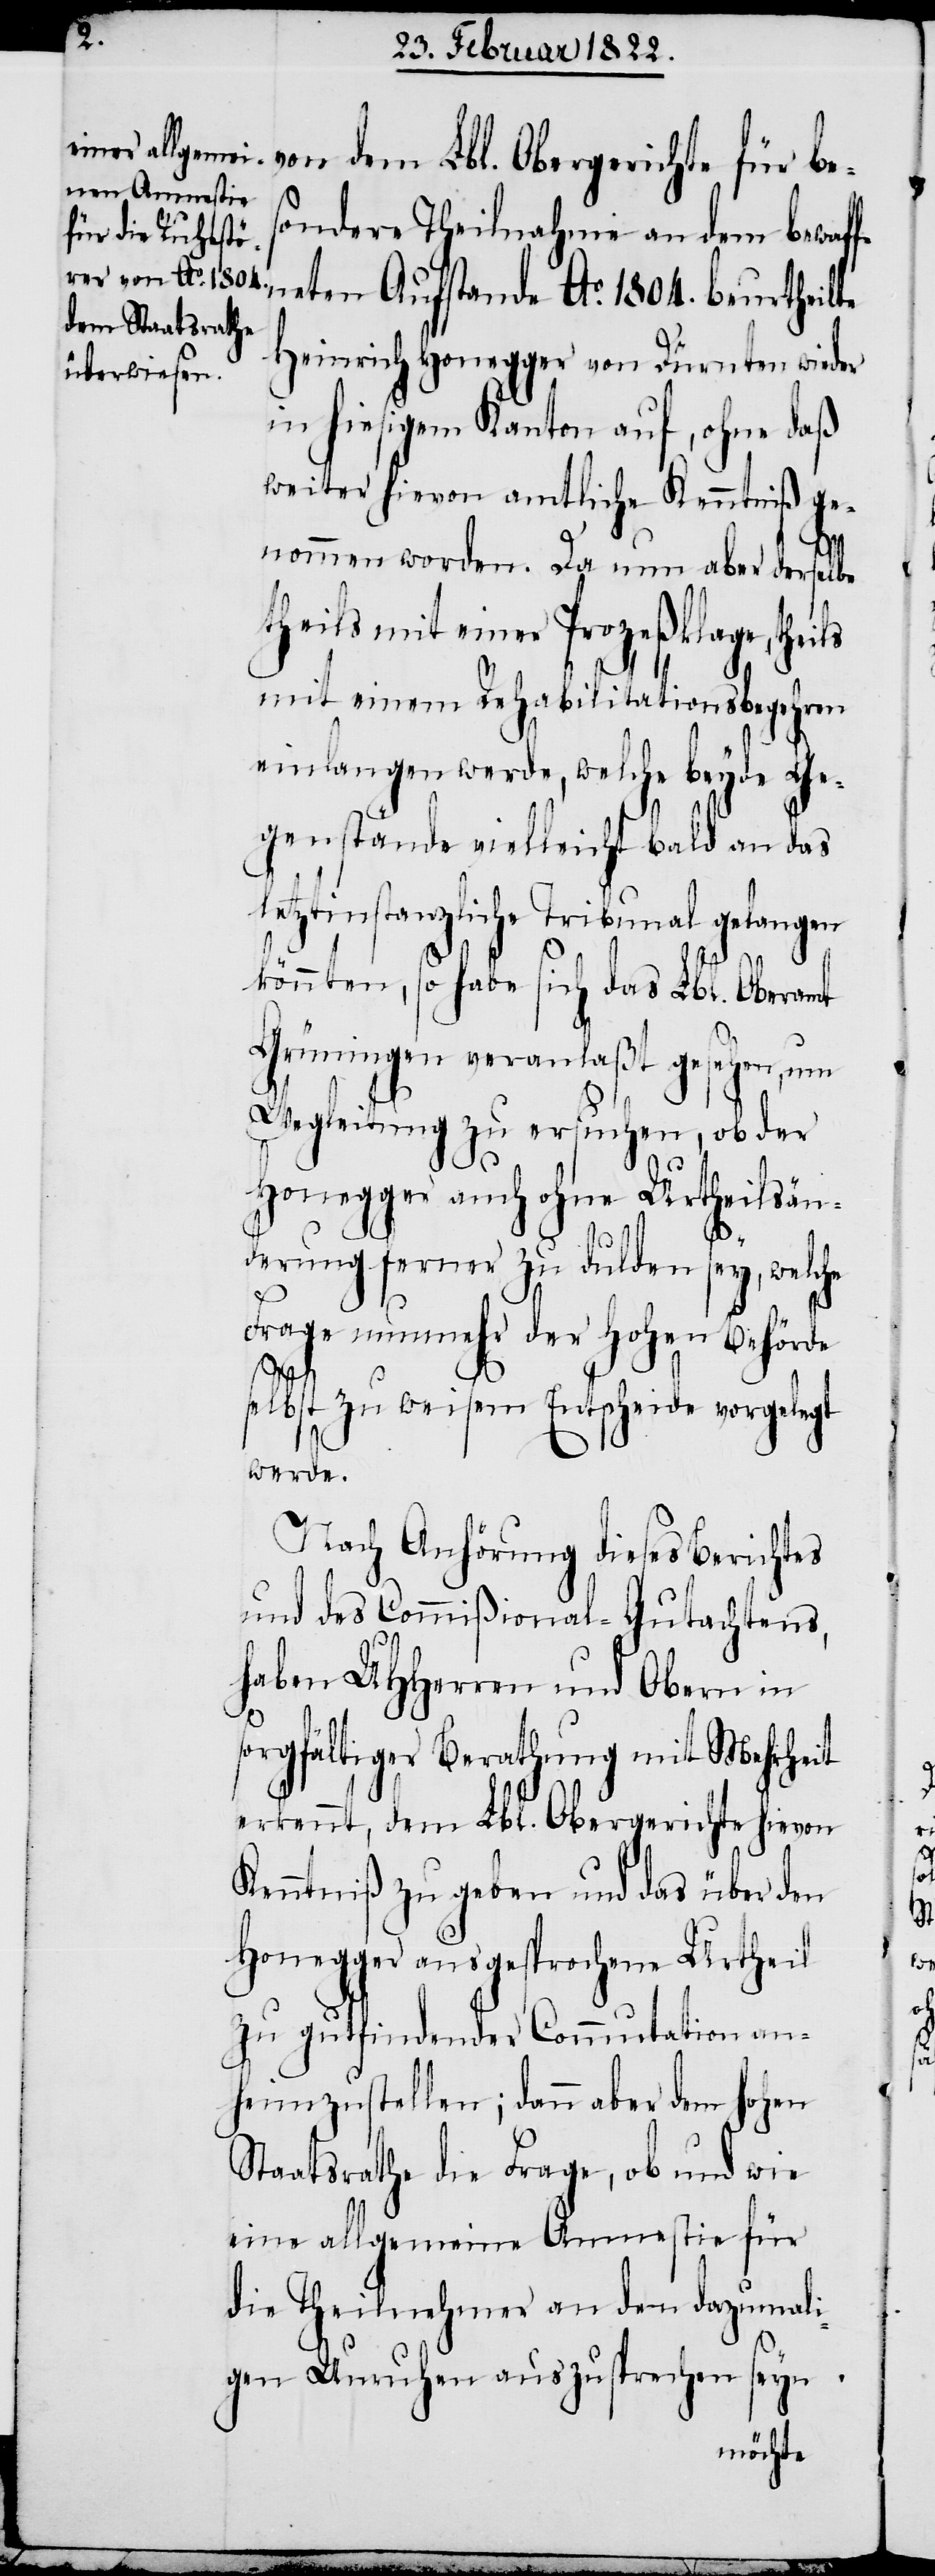
von dem Lbl. Obergerichte für be¬
sondere Theilnahme an dem bewaff¬
Heinrich Honegger von Dürnten wieder
in hiesigen Kanton auf, ohne daß
weiter hievon amtliche Kenntniß ge¬
1804.
nommen worden. Da nun aber derselbe
theils mit einer Prozeßklage, theils
mit einem Rehabilitationsbegehren
einlangen werde, welche beyde Ge¬
genstände vielleicht bald an das
letztinstanzliche Tribunal gelangen
könnten, so habe sich das Lbl. Oberamt
Grüningen veranlaßt gesehen, um
Wegleitung zu ersuchen, ob der
Honegger auch ohne Urtheilsän¬
derung ferner zu dulden sey, welche
Frage nunmehr der hohen Behörde
selbst zu weisem Entscheide vorgelegt
werde.
Nach Anhörung dieses Berichtes
und des Commißional-Gutachtens,
haben UHHerren und Obern in
sorgfältiger Berathung mit Mehrheit
erkennt, dem Lbl. Obergerichte hievon
Kenntniß zu geben und das über den
Honegger angesprochene Urtheil
zu gutfindender Commutation an¬
heimzustellen; dann aber dem hohen
Staatsrathe die Frage, ob und wie
eine allgemeine Amnestie für
die Theilnehmer an den dazumali¬
gen Unruhen auszusprechen seyn